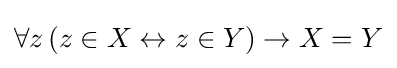
\forall z\,(z\in X\leftrightarrow z\in Y)\rightarrow X=Y